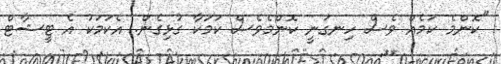
"ކޮންމެ ކަމެއް ވެސް ހިނގަނީ ކޮންމެވެސް ކަމަކާ ގުޅިގެން. އެކަމަކު އެ ޓީޝާޓް